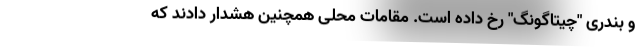
و بندری "چیتاگونگ" رخ داده است. مقامات محلی همچنین هشدار دادند که